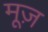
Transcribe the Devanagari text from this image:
मूज़